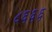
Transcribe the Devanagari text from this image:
८६६६